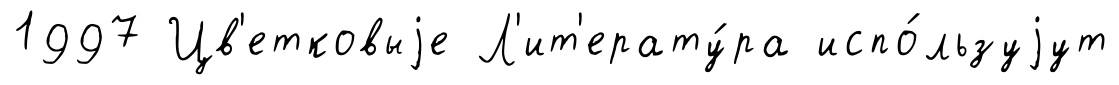
1997 Цв'етковыjе Л'ит'ерату́ра испо́льзуjут